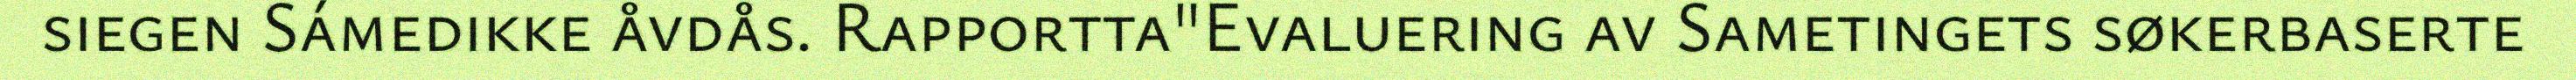
siegen Sámedikke åvdås. Rapportta"Evaluering av Sametingets søkerbaserte